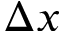
\Delta x